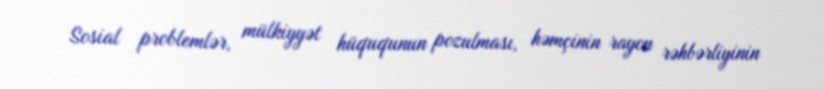
Sosial problemlər, mülkiyyət hüququnun pozulması, həmçinin rayon rəhbərliyinin